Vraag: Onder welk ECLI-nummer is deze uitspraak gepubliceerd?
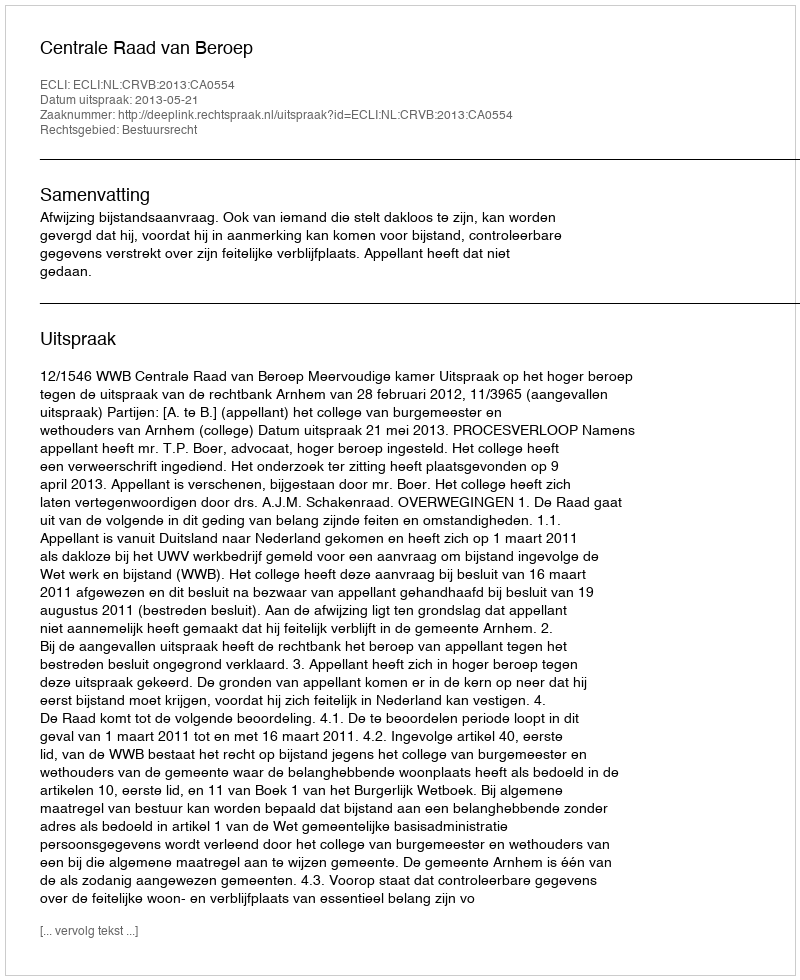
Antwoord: ECLI:NL:CRVB:2013:CA0554